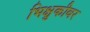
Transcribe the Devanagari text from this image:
भिक्षुकीवर